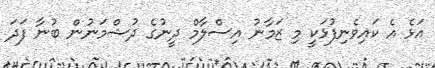
އަޅެ އެ ކައިވެނިފުޅަކީ މި ޒަމާނު އިސްލާމް ދީނުގެ ދުޝްމަނުން ބުނާ ފަދަ